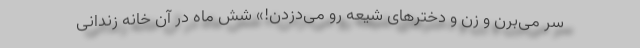
سر می‌برن و زن و دخترهای شیعه رو می‌دزدن!» شش ماه در آن خانه زندانی